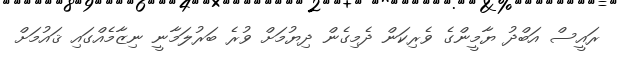
ރައީސް އަބްދު ޔާމީންގެ ވެރިކަން ދެމިގެން ދިޔުމަށް ވުރެ ބަރުލަމާނީ ނިޒާމެއްގައި ޤައުމަށް